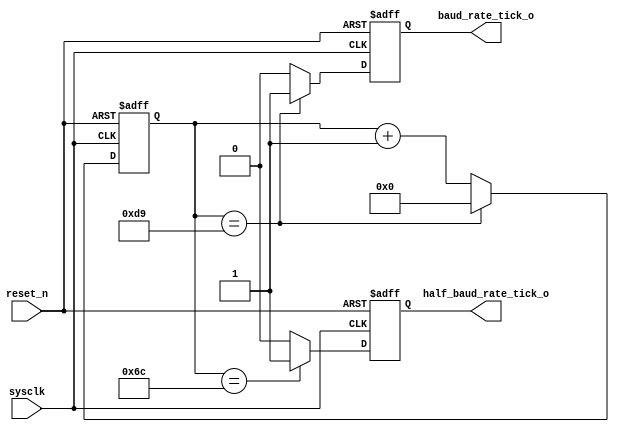
// Generated by MyHDL 0.9.0


`timescale 1ns/10ps

module baudrate_gen (
    sysclk,
    reset_n,
    half_baud_rate_tick_o,
    baud_rate_tick_o
);

input sysclk;
input reset_n;
output half_baud_rate_tick_o;
reg half_baud_rate_tick_o;
output baud_rate_tick_o;
reg baud_rate_tick_o;

reg [9:0] baud_gen_count_reg;





always @(posedge sysclk, negedge reset_n) begin: BAUDRATE_GEN_SEQUENTIAL_PROCESS
    if (reset_n == 0) begin
        baud_gen_count_reg <= 0;
        baud_rate_tick_o <= 0;
        half_baud_rate_tick_o <= 0;
    end
    else begin
        baud_gen_count_reg <= (baud_gen_count_reg + 1);
        baud_rate_tick_o <= 0;
        half_baud_rate_tick_o <= 0;
        if ((baud_gen_count_reg == 217)) begin
            baud_gen_count_reg <= 0;
            baud_rate_tick_o <= 1;
        end
        if ((baud_gen_count_reg == 108)) begin
            half_baud_rate_tick_o <= 1;
        end
    end
end

endmodule